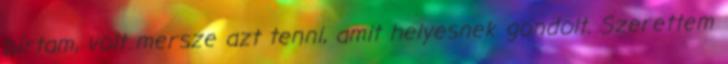
bírtam, volt mersze azt tenni, amit helyesnek gondolt. Szerettem